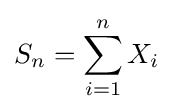
S_{n}=\sum _{i=1}^{n}X_{i}